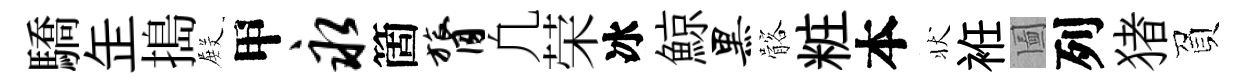
驕𦈢搗𭮺甲永箇膂凢荣冰鯨黑髂粧本状袵圗列猪負